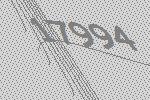
17994